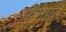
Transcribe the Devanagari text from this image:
फैगस